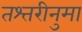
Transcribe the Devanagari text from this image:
तश्तरीनुमा